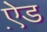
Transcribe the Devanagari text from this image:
ऐ़ड